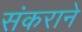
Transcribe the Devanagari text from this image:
संकराने